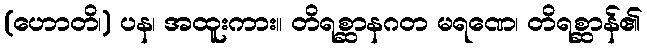
(ဟောတိ၊) ပန၊ အထူးကား။ တိရစ္ဆာနဂတ မရဏေ၊ တိရစ္ဆာန်၏